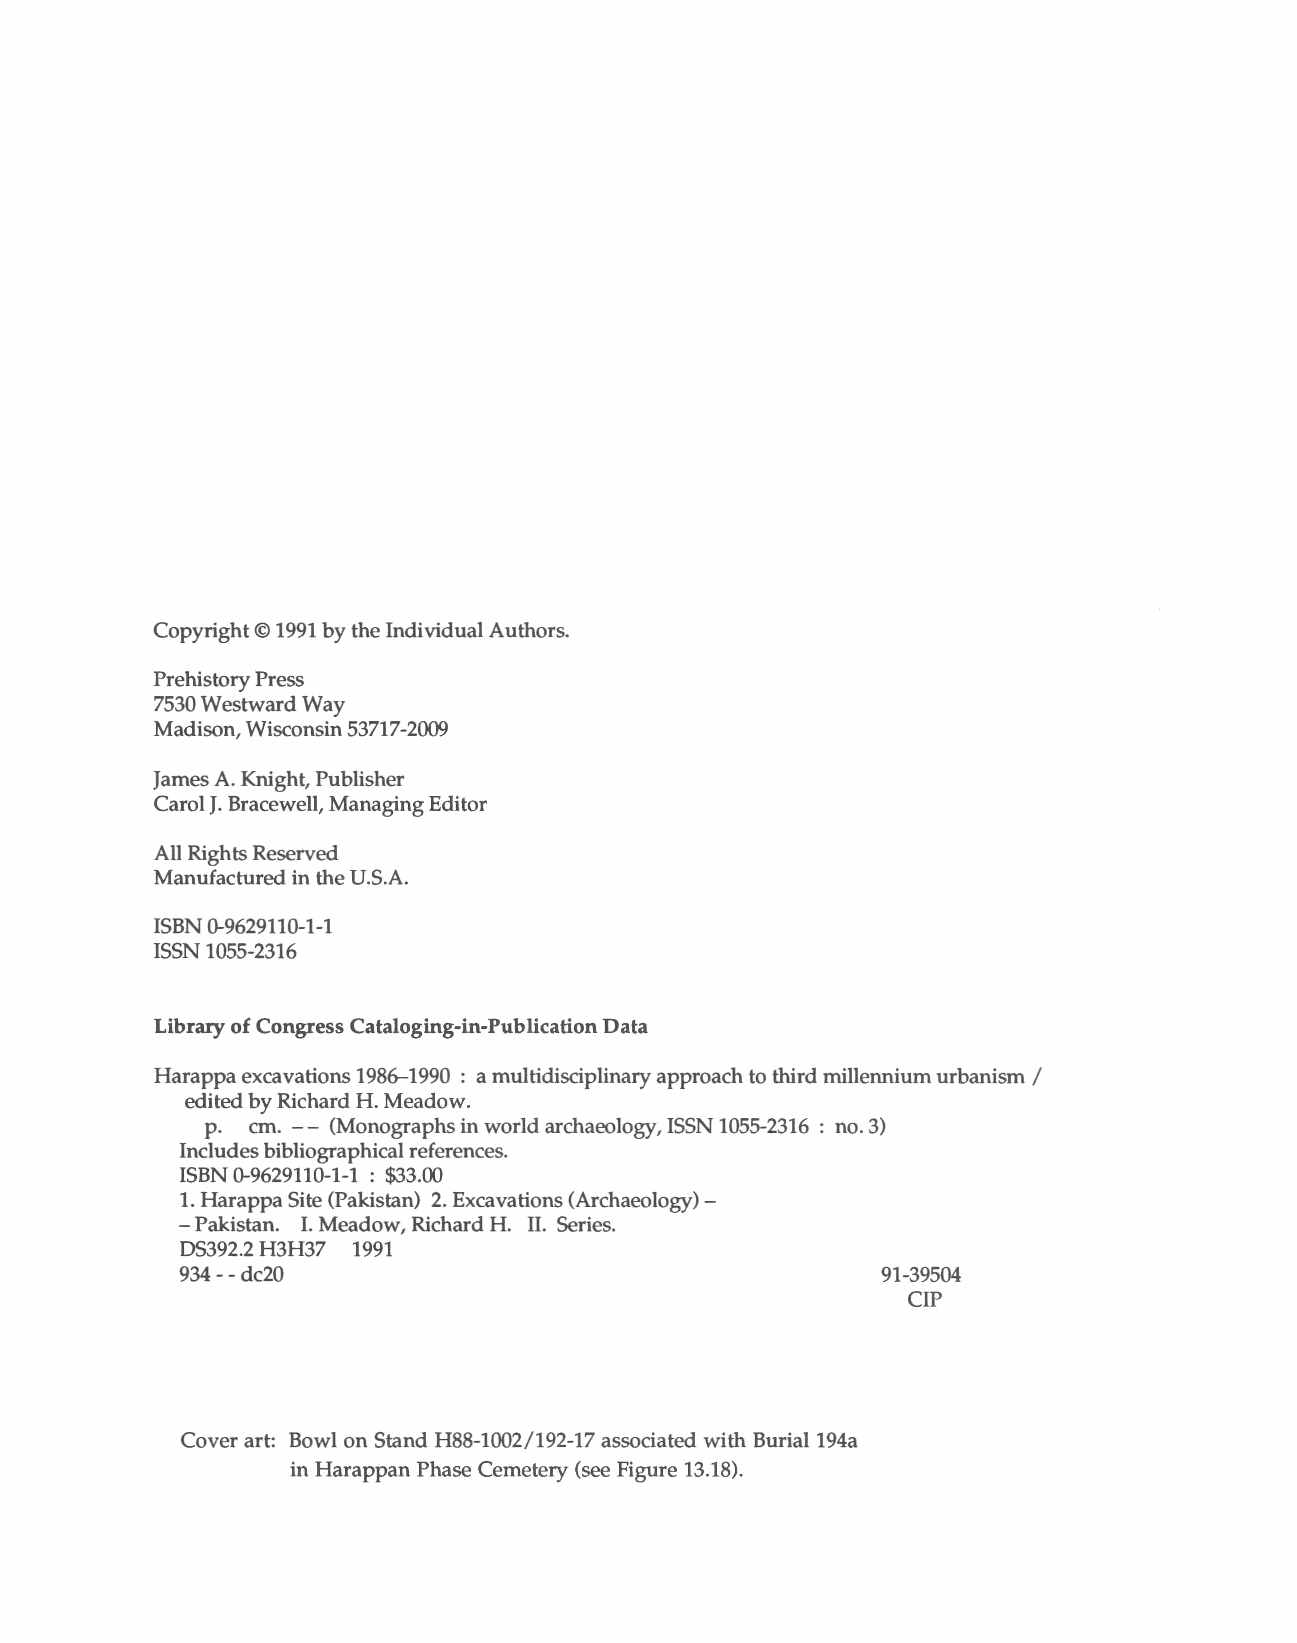
Copyright©1991bytheIndividualAuthors.
 PrehistoryPress
 7530WestwardWay
 Madison,Wisconsin53717-2009
 JamesA. Knight,Publisher
 CarolJ. Bracewell,ManagingEditor
 AllRightsReserved
 Manufactured in theU.S.A.
 ISBN0-9629110-1-1
 ISSN1055-2316
 LibraryofCongressCataloging-in-PublicationData
 Harappaexcavations1986-1990 : amultidisciplinaryapproach to third millenniumurbanism /
 editedbyRichard H.Meadow.
 p. em. - - (Monographsin worldarchaeology,ISSN1055-2316 : no.3)
 Includesbibliographicalreferences.
 ISBN0-9629110-1-1 : $33.00
 1.HarappaSite(Pakistan) 2.Excavations(Archaeology)
 - Pakistan. I.Meadow,RichardH. II. Series.
 05392.2H3H37 1991
 934--dc20                                     91-39504
 CIP
 Coverart: Bowl on Stand H88-1002/192-17 associated with Burial 194a
 in HarappanPhase Cemetery (see Figure 13.18).